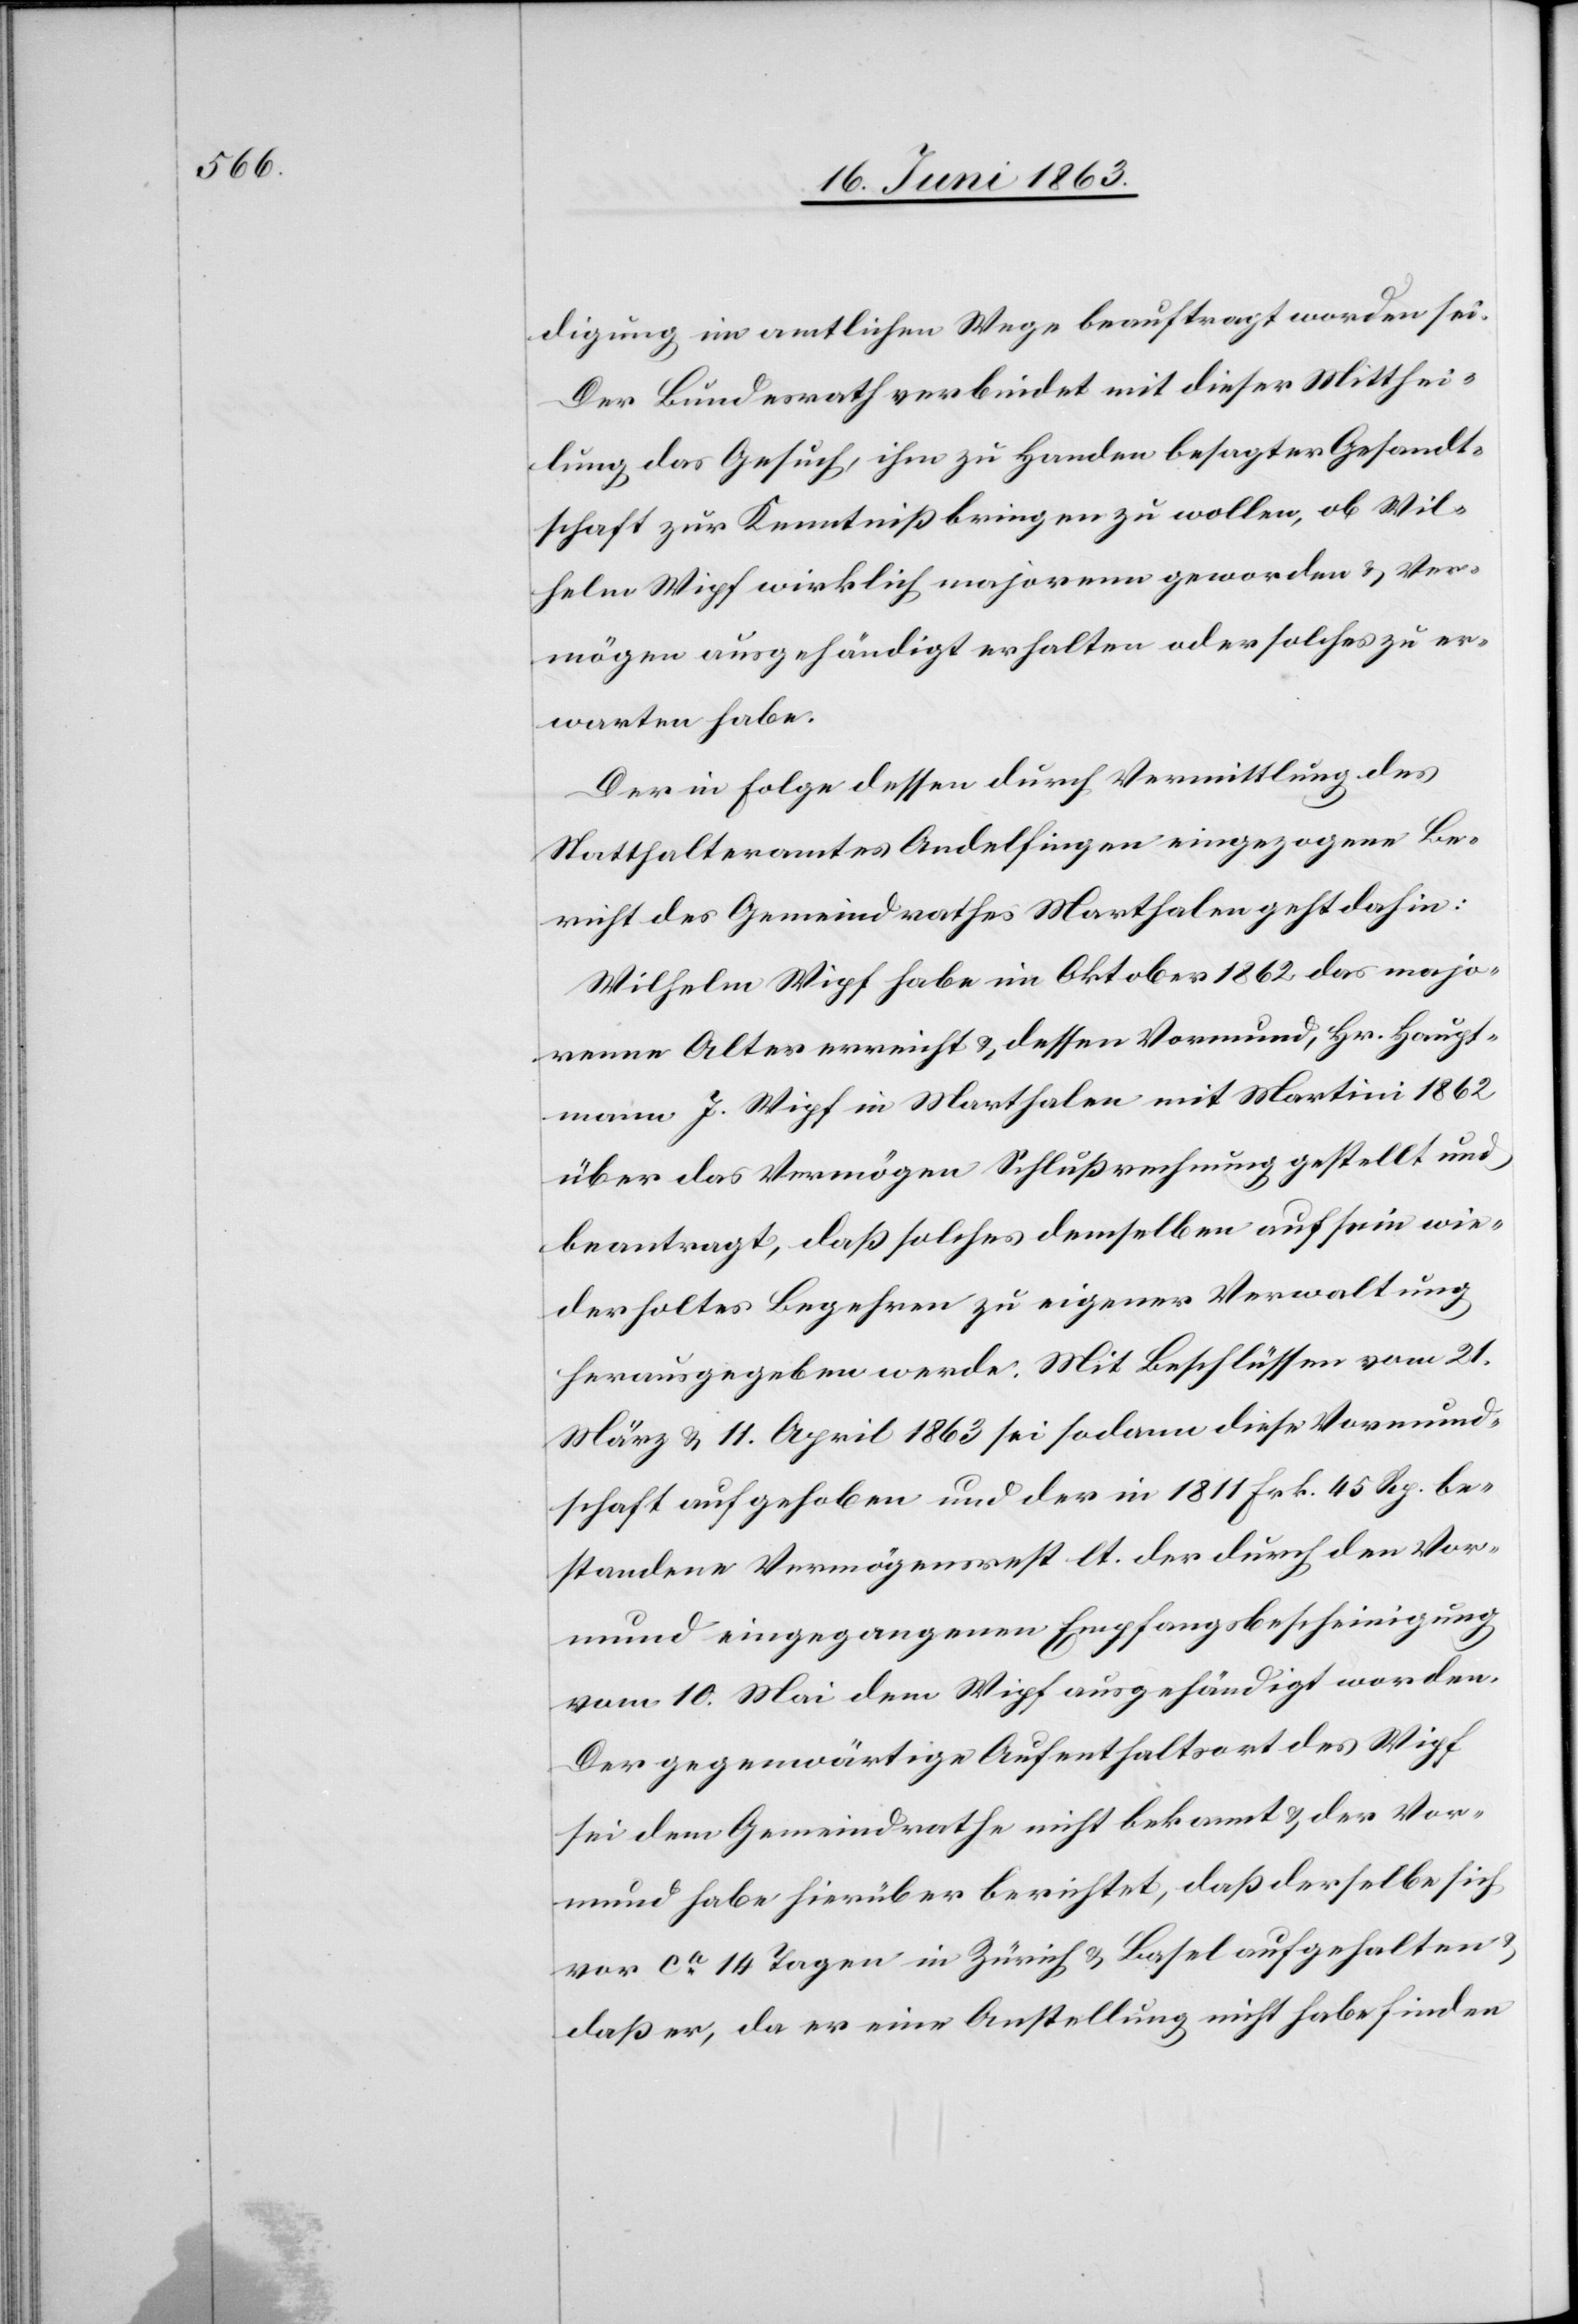
digung im amtlichen Wege beauftragt worden sei.
Der Bundesrath verbindet mit dieser Mitthei¬
lung das Gesuch, ihm zu Handen besagter Gesandt¬
schaft zur Kenntniß bringen zu wollen, ob Wil¬
helm Wipf wirklich majorenn geworden & Ver¬
mögen ausgehändigt erhalten oder solches zu er¬
warten habe.
Der in Folge dessen durch Vermittlung des
Statthalteramtes Andelfingen eingezogene Be¬
richt des Gemeindrathes Marthalen geht dahin:
Wilhelm Wipf habe im Oktober 1862 das majo¬
renne Alter erreicht & dessen Vormund, Hr. Haupt¬
mann J. Wipf in Marthalen mit Martini 1862
über das Vermögen Schlußrechnung gestellt und
beantragt, daß solches demselben auf sein wie¬
derholtes Begehren zu eigener Verwaltung
herausgegeben werde. Mit Beschlüssen vom 21.
März & 11. April 1863 sei sodann diese Vormund¬
schaft aufgehoben und der in 1811 Frk. 45 Rp. be¬
standene Vermögensrest lt. der durch den Vor¬
mund eingegangenen Empfangsbescheinigung
vom 10. Mai dem Wipf ausgehändigt worden.
Der gegenwärtige Aufenthaltsort des Wipf
sei dem Gemeindrathe nicht bekannt & der Vor¬
mund habe hierüber berichtet, daß derselbe sich
vor ca 14 Tagen in Zürich & Basel aufgehalten
daß er, da er eine Anstellung nicht habe finden